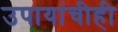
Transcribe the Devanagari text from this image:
उपायांचीही